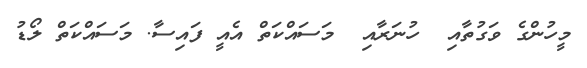
މީހުންގެ ވަގުތާއި  ހުނަރާއި  މަސައްކަތް އެއީ ފައިސާ. މަސައްކަތް ލޯޑު